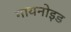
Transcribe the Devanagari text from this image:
गायनोइड